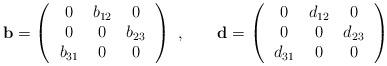
LaTeX: \begin{align*}{\mathbf b}= \left(\, \begin{array}{ccc}0 & b_{12} &0\\0 & 0 & b_{23}\\b_{31} &0 &0\end{array}\,\right)\ ,\qquad{\mathbf d}= \left(\, \begin{array}{ccc}0 & d_{12} &0\\0 & 0 & d_{23}\\d_{31} &0 &0\end{array}\,\right)\end{align*}